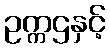
ဥက္ကဌနှင့်